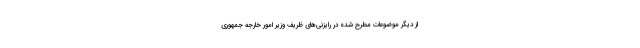
از دیگر موضوعات مطرح شده در رایزنی‌های ظریف وزیر امور خارجه جمهوری